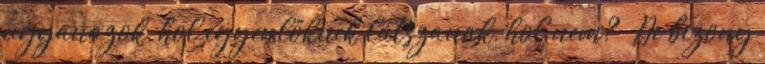
ugyanazok, hol egyenlőknek látszanak, hol nem? – De bizony